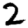
Digit: 2